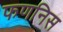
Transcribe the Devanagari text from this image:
फणनिस